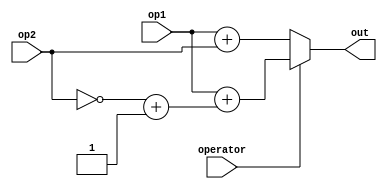
// for AddOp
`define INPUT_WIDTH 24
module BigALU(
    output reg [`INPUT_WIDTH : 0] out, // 25-bit result after operation
    input [`INPUT_WIDTH - 1 : 0] op1,
    input [`INPUT_WIDTH - 1 : 0] op2,
    input operator      // if 0 then add else sub
);
reg [`INPUT_WIDTH - 1 : 0] neg_op2;
always @(op1, op2, operator) begin
    if(!operator) begin
        out = op1 + op2;
        neg_op2 = 0;
    end
    else begin
        neg_op2 = ~op2 + 1'b1;
        out = op1 + neg_op2;
        //out = {1'b0, ~op2};
    end
end
endmodule